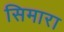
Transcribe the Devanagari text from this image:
सिमारा